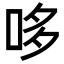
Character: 哆